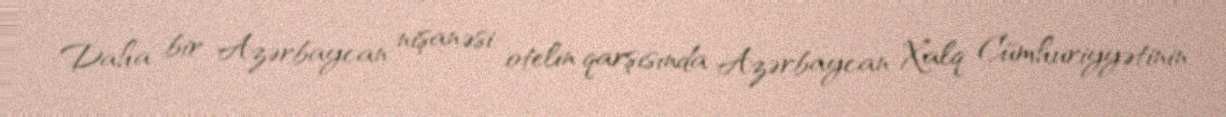
Daha bir Azərbaycan nişanəsi: otelin qarşısında Azərbaycan Xalq Cümhuriyyətinin